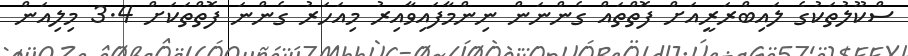
ސްކޫލުތަކުގެ ލައިބްރަރީއަށް ފޮތްތައް ގެންނަން ނިންމާފައިވާއިރު މިއަހަރު ގެންނަ ފޮތްތަކަށް 3.4 މިލިއަން